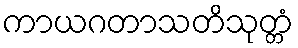
ကာယဂတာသတိသုတ္တံ